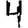
Digit: 4